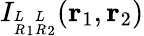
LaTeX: I_{{^L_{R}}_{1}{^L_{R}}_{2}}(\mathbf{r}_{1},\mathbf{r}_{2})